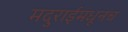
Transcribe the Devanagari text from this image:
मदुराईमधूनच